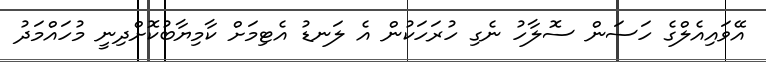
އޭވައިއެލްގެ ހަސަން ސޮލާހު ނެގި ހުރަހަކުން އެ ލަނޑު އެޓިމަށް ކާމިޔާބުކޮށްދިނީ މުހައްމަދު